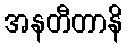
အနတီတာနိ